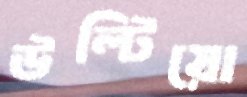
উল্‌টিয়ো